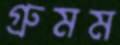
গ্রুমম